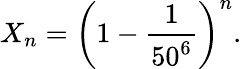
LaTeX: X_{n}=\left(1-{\frac{1}{50^{6}}}\right)^{n}.